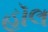
હૉલ